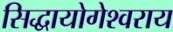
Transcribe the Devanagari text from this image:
सिद्धायोगेश्वराय